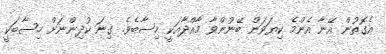
އެގޮތުން އޭނާ އެންމެ ކިޔަވަން ބޭނުންވާ މާއްދާއަކީ ހިސާބެވެ. ގިނަ ކުދިންނަށް ހިސާބަކީ